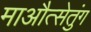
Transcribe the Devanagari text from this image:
माऔत्सेतुंग